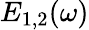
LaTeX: E_{1,2}(\omega)